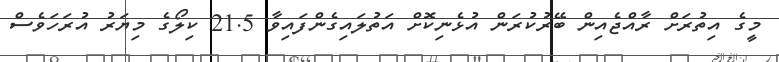
މީގެ އިތުރަށް ރާއްޖެއިން ބޭރުކުރަން އުޅެނިކޮށް އަތުލައިގެންފައިވާ 21.5 ކިލޯގެ މިޔަރު އުރަހަވެސް